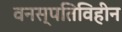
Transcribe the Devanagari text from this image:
वनस्पतिविहीन